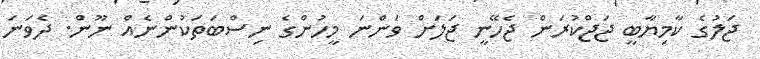
ޖަލުގެ ކާމިޔާބީ ޖަޖްކުރަން ޖެހޭނީ ޖަލަށް ވަންނަ މީހުންގެ ނިސްބަތަކުންނެއް ނޫން. ދެވަނަ